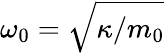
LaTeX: \omega_{0}=\sqrt{\left.\kappa\right/m_{0}}